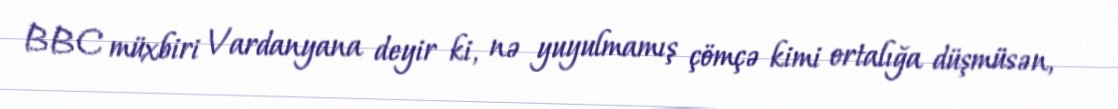
BBC müxbiri Vardanyana deyir ki, nə yuyulmamış çömçə kimi ortalığa düşmüsən,